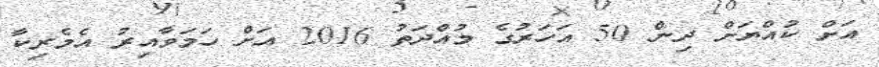
އަށް ކުއްޔަށް ދިން 50 އަހަރުގެ މުއްދަތު 2016 އަށް ހަމަވާއިރު އެމެރިކާ